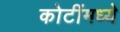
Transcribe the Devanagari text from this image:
कोटींमध्ये